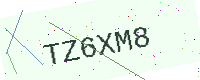
Text: TZ6XM8